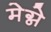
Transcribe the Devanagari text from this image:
मेग्ने